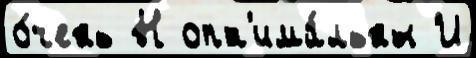
о́чень Н опт'има́льны И